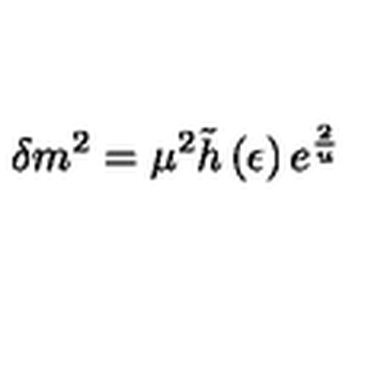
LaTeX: \delta m ^ { 2 } = \mu ^ { 2 } \tilde { h } \left( \epsilon \right) e ^ { \frac { 2 } { u } }